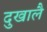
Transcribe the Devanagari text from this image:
दुखालै